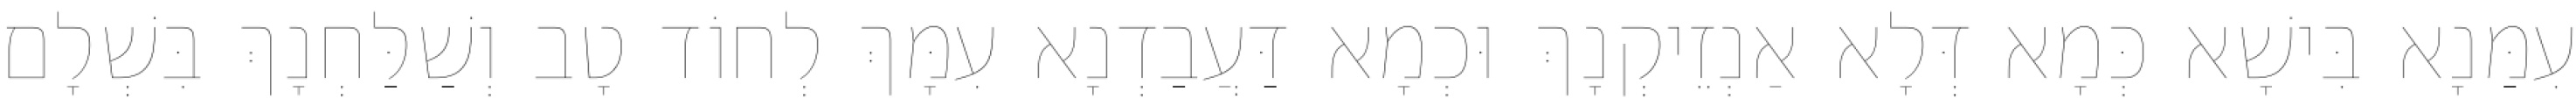
עִמַּנָא בִּישָׁא כְּמָא דְּלָא אַנְזֵיקְנָךְ וּכְמָא דַּעֲבַדְנָא עִמָּךְ לְחוֹד טָב וְשַׁלַּחְנָךְ בִּשְׁלָם